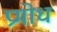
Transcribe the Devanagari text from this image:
प्रमोध